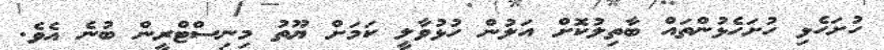
ހުށަހެޅި ހުށަހެޅުންތައް ބާތިލުކޮށް އަލުން ހުޅުވާލީ ކަމަށް ޔޫތު މިނިސްޓްރީން ބުނެ އެވެ.